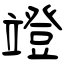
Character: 竳